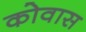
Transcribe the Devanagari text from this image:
कोवास